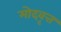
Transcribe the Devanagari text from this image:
मोदवृत्त